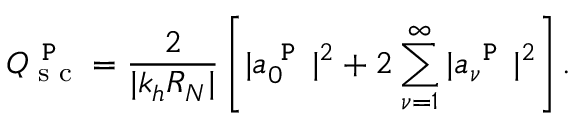
Q _ { \textrm { s c } } ^ { \texttt { P } } = \frac { 2 } { | k _ { h } R _ { N } | } \left[ | a _ { 0 } ^ { \texttt { P } } | ^ { 2 } + 2 \sum _ { \nu = 1 } ^ { \infty } | a _ { \nu } ^ { \texttt { P } } | ^ { 2 } \right] .